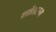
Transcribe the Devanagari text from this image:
शांतारम